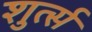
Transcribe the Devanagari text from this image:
शुर्त्स